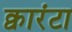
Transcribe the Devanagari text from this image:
क्वारंटा